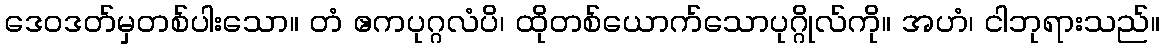
ဒေဝဒတ်မှတစ်ပါးသော။ တံ ဧကပုဂ္ဂလံပိ၊ ထိုတစ်ယောက်သောပုဂ္ဂိုလ်ကို။ အဟံ၊ ငါဘုရားသည်။